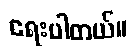
ရေးပါတယ်။